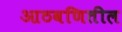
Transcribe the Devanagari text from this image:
आठवणितील